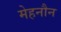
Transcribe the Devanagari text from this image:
मेहनौन